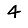
Digit: 4